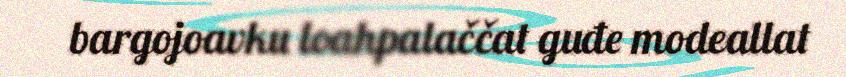
bargojoavku loahpalaččat guđe modeallat